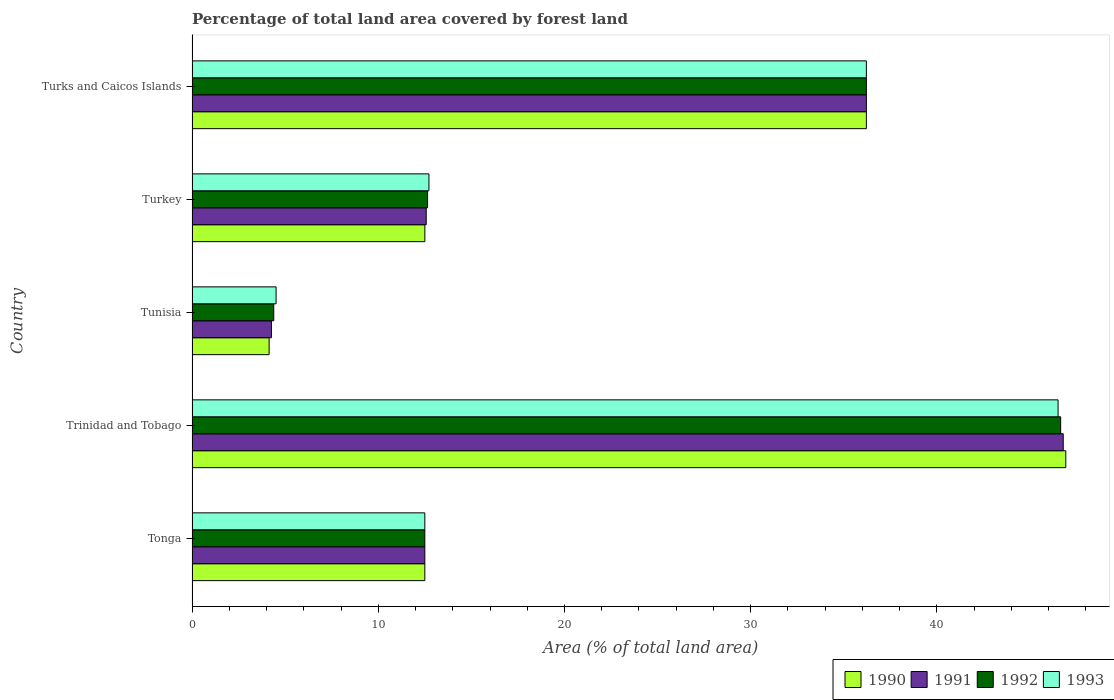
| Country | 1990 | 1991 | 1992 | 1993 |
 | --- | --- | --- | --- | --- |
 | Tonga | 12.5 | 12.5 | 12.5 | 12.5 |
 | Trinidad and Tobago | 46.9 | 46.8 | 46.6 | 46.5 |
 | Tunisia | 4.14 | 4.26 | 4.39 | 4.51 |
 | Turkey | 12.5 | 12.6 | 12.6 | 12.7 |
 | Turks and Caicos Islands | 36.2 | 36.2 | 36.2 | 36.2 |